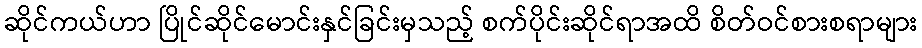
ဆိုင်ကယ်ဟာ ပြိုင်ဆိုင်မောင်းနှင်ခြင်းမှသည့် စက်ပိုင်းဆိုင်ရာအထိ စိတ်ဝင်စားစရာများ